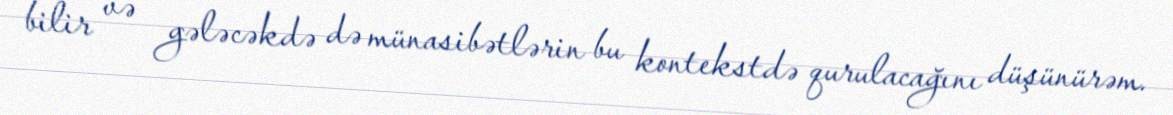
bilir və gələcəkdə də münasibətlərin bu kontekstdə qurulacağını düşünürəm.